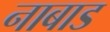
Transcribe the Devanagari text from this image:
नाबाड